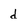
Character: d